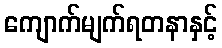
ကျောက်မျက်ရတနာနှင့်